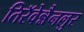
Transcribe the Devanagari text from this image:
तिरॅवेन्नैनलुर